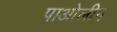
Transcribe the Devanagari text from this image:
पाओलीन